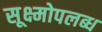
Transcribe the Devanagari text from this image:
सूक्ष्मोपलब्ध